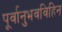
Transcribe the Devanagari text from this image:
पूर्वानुभवविहिन